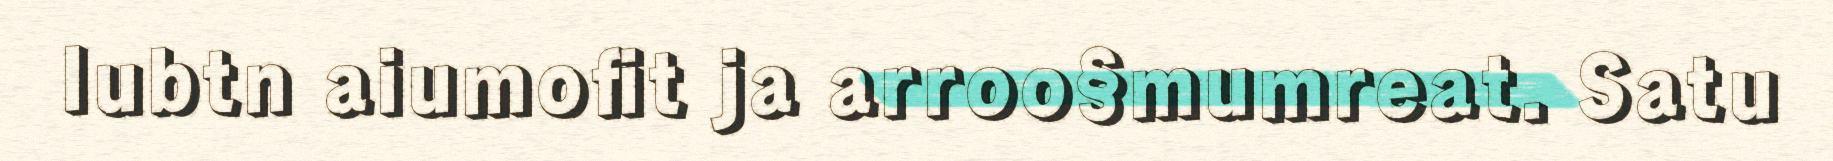
lubtn aiumofit ja arroo§mumreat. Satu